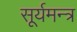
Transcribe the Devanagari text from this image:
सूर्यमन्त्र